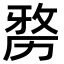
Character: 𭄯